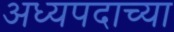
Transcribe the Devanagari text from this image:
अध्यपदाच्या